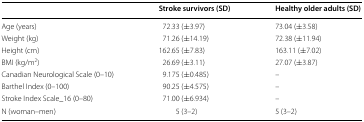
<table><thead><tr><td></td><td><b>Stroke survivors (SD)</b></td><td><b>Healthy older adults (SD)</b></td></tr></thead><tbody><tr><td>Age (years)</td><td>72.33 (±3.97)</td><td>73.04 (±3.58)</td></tr><tr><td>Weight (kg)</td><td>71.26 (±14.19)</td><td>72.38 (±11.94)</td></tr><tr><td>Height (cm)</td><td>162.65 (±7.83)</td><td>163.11 (±7.02)</td></tr><tr><td>BMI (kg/m<sup>2</sup>)</td><td>26.69 (±3.11)</td><td>27.07 (±3.87)</td></tr><tr><td>Canadian Neurological Scale (0–10)</td><td>9.175 (±0.485)</td><td>–</td></tr><tr><td>Barthel Index (0–100)</td><td>90.25 (±4.575)</td><td>–</td></tr><tr><td>Stroke Index Scale_16 (0–80)</td><td>71.00 (±6.934)</td><td>–</td></tr><tr><td>N (woman–men)</td><td>5 (3–2)</td><td>5 (3–2)</td></tr></tbody></table>